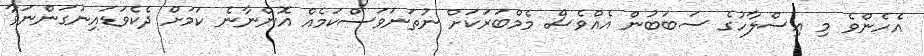
އެހެންވެ މި އިސްލާހުގެ ސަބަބުން އެއްވެސް މެމްބަރަކަށް ނުތަނަވަސްކަމެއް އޮންނާނެ ކަމަށް ދެކެވަޑައިނުގަންނަވާ